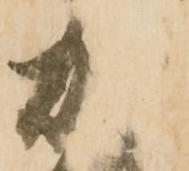
加